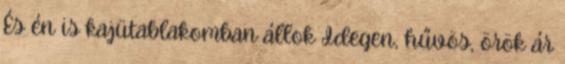
És én is kajütablakomban állok Idegen, hűvös, örök ár